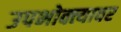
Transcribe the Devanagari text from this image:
उपभोक्त्यावर